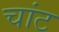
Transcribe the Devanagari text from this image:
चांट